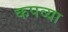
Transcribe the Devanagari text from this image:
कपव्या